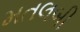
મતલબી